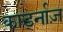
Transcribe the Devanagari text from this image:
कार्ड्नाज़